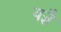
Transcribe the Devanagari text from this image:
यज्ञै